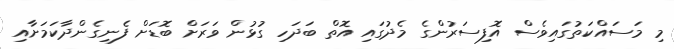
މި މަސައްކަތުގައިވެސް އޮފިސަރުންގެ މެދުގައި އޮތް ބަދަހި ގުޅުން ވަރަށް ބޮޑަށް ފެނިގެންދާކަމަށާއި